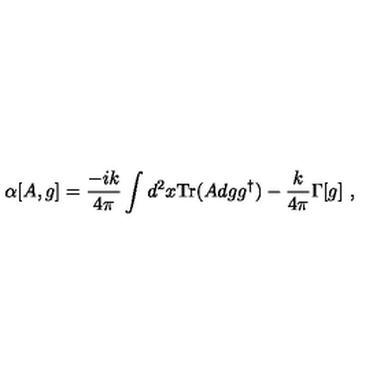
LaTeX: \alpha [ A , g ] = \frac { - i k } { 4 \pi } \int d ^ { 2 } x \mathrm { T r } ( A d g g ^ { \dagger } ) - \frac { k } { 4 \pi } \Gamma [ g ] \ ,